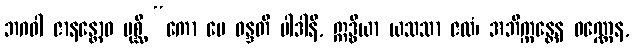
ဘဂဝါ ဇာနန္တောဝ ပုစ္ဆိ “ကော မေ ဝန္ဒတိ ပါဒါနိ, ဣဒ္ဓိယာ ယသသာ ဇလံ၊ အဘိက္ကန္တေန ဝဏ္ဏေန,